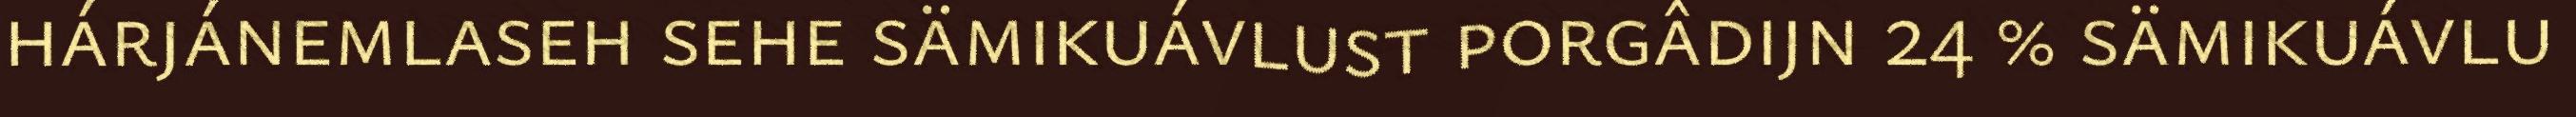
hárjánemlaseh sehe sämikuávlust porgâdijn 24 % sämikuávlu